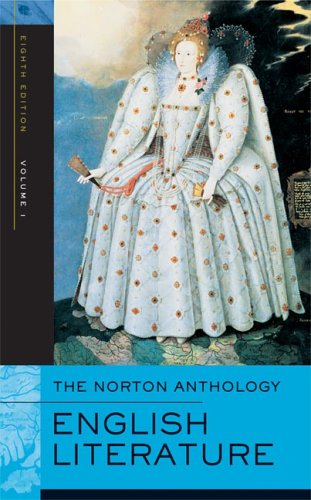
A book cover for The Norton Anthology of English Literature, 8th Edition, Volume 1; Literature & Fiction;